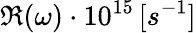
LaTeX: \Re(\omega)\cdot 10^{15}\, [s^{-1}]